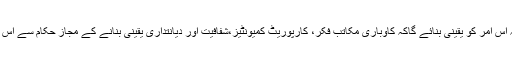
جناح یونیورسٹی برائے خواتین کے بزنس ایڈمنسٹریشن کا شعبہ اس امر کو یقینی بنائے گاکہ کاوباری مکاتب فکر، کارپوریٹ کمیونٹیز،شفافیت اور دیانتداری یقینی بنانے کے مجاز حکام سے اس کے تعلقات باہمی ثمر آور تعاون اور مسابقت کی فضا میں ہوں۔